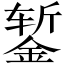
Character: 錾